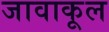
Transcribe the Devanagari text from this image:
जावाकूल